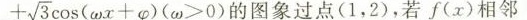
+ \sqrt { 3 } \cos ( \omega x+ \varphi )$$ $$( \omega > 0 )$$的图象过点(1，2)，若f(x)相邻